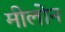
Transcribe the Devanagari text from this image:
मीलोन